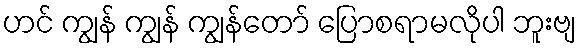
ဟင် ကျွန် ကျွန် ကျွန်တော် ပြောစရာမလိုပါ ဘူးဗျ